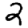
Digit: 2